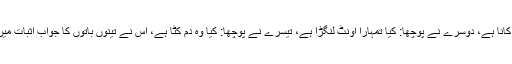
ایک بھائی نے پوچھا: کیا تمہارا اونٹ کانا ہے، دوسرے نے پوچھا: کیا تمہارا اونٹ لنگڑا ہے، تیسرے نے پوچھا: کیا وہ دم کٹا ہے، اس نے تینوں باتوں کا جواب اثبات میں دیا اور کہا: بتاؤ میرا اونٹ کہاں ہے؟